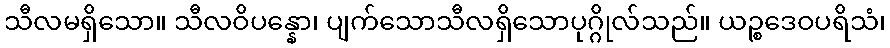
သီလမရှိသော။ သီလဝိပန္နော၊ ပျက်သောသီလရှိသောပုဂ္ဂိုလ်သည်။ ယဉ္စဒေဝပရိသံ၊